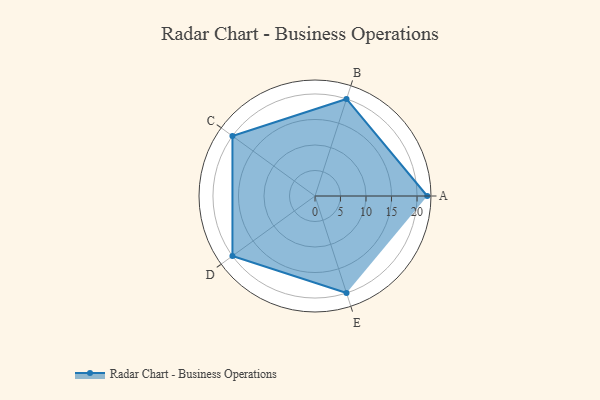
{"axis": {"x": "Skill", "y": "Score"}, "legend": ["Profile"], "data": [{"x": "A", "y": 22.0, "type": "Profile"}, {"x": "B", "y": 20.0, "type": "Profile"}, {"x": "C", "y": 20, "type": "Profile"}, {"x": "D", "y": 20, "type": "Profile"}, {"x": "E", "y": 20, "type": "Profile"}]}